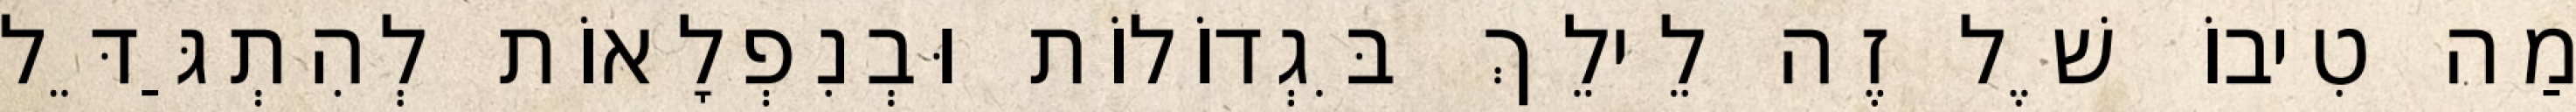
מַה טִיבוֹ שֶׁל זֶה לֵילֵךְ בִּגְדוֹלוֹת וּבְנִפְלָאוֹת לְהִתְגַּדֵּל